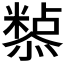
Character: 𭟀